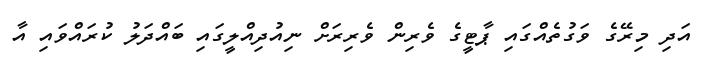
އަދި މިރޭގެ ވަގުތެއްގައި ޕާޓީގެ ވެރިން ވެރިރަށް ނިއުދިއްލީގައި ބައްދަލު ކުރައްވައި އާ